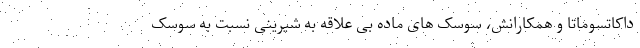
داکاتسوماتا و همکارانش، سوسک های ماده بی علاقه به شیرینی نسبت به سوسک